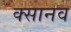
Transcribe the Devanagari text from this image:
क्सानव